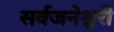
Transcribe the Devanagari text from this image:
सर्वजनेश्वरी